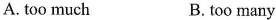
A.too much B. too many